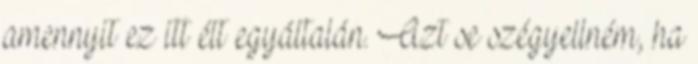
amennyit ez itt élt egyáltalán. Azt se szégyellném, ha